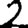
Digit: 2